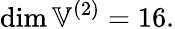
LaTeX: \dim\mathbb{V}^{(2)}=16.